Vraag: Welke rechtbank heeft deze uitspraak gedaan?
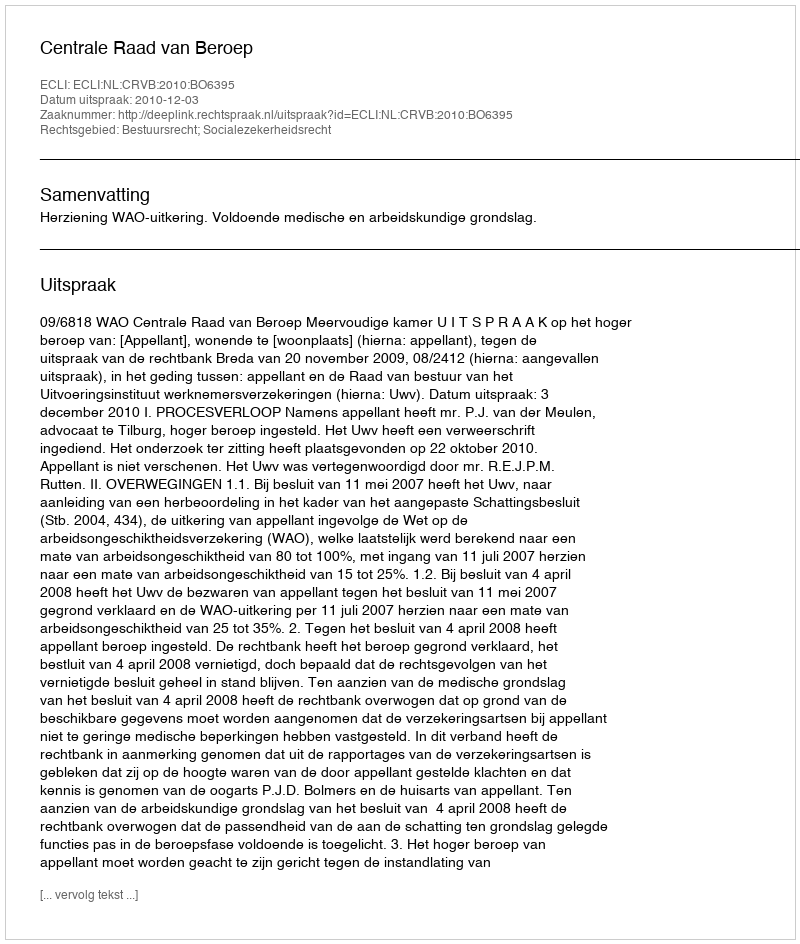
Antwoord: Centrale Raad van Beroep